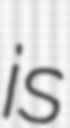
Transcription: is